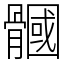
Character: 𩪐